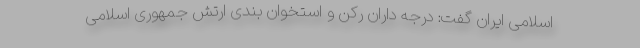
اسلامی ایران گفت: درجه داران رکن و استخوان بندی ارتش جمهوری اسلامی